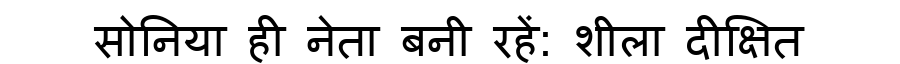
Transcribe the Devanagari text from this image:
सोनिया ही नेता बनी रहें: शीला दीक्षित